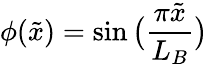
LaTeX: \phi(\tilde{x})=\sin\big(\frac{\pi\tilde{x}}{L_{B}}\big)